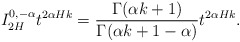
\begin{align*}I^{0,-\alpha}_{2H}t^{2\alpha Hk}=\frac{\Gamma(\alpha k+1)}{\Gamma(\alpha k+1-\alpha)}t^{2\alpha Hk}.\end{align*}